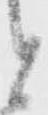
と